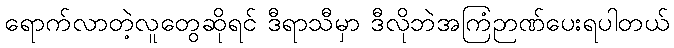
ရောက်လာတဲ့လူတွေဆိုရင် ဒီရာသီမှာ ဒီလိုဘဲအကြံဉာဏ်ပေးရပါတယ်